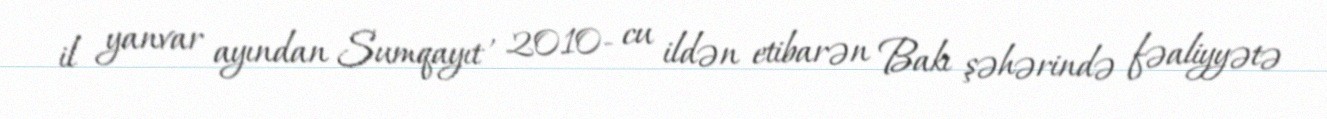
il yanvar ayından Sumqayıt , 2010- cu ildən etibarən Bakı şəhərində fəaliyyətə